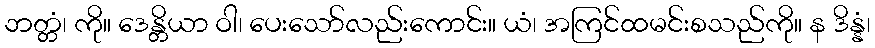
ဘတ္တံ၊ ကို။ ဒေန္တိယာ ဝါ၊ ပေးသော်လည်းကောင်း။ ယံ၊ အကြင်ထမင်းစသည်ကို။ န ဒိန္နံ၊